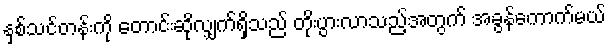
နှစ်သင်တန်းကို တောင်းဆိုလျှက်ရှိသည် တိုးပွားလာသည့်အတွက် အခွန်ကောက်မယ်